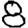
Digit: 8